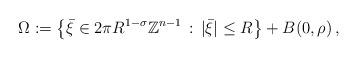
LaTeX: \begin{align*}\Omega := \big\{ \bar{\xi}\in 2\pi R^{1-\sigma} \mathbb{Z}^{n-1} \,:\, |\bar{\xi}|\le R \big\} + B(0,\rho) \,,\end{align*}